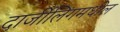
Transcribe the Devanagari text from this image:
दार्जीलिंगमधील